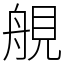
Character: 䚀